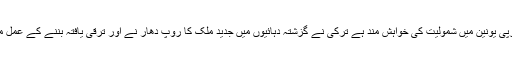
حالانکہ ترک عوام کی اکثریت یورپی یونین میں شمولیت کی خواہش مند ہے ترکی نے گزشتہ دہائیوں میں جدید ملک کا روپ دھار نے اور ترقی یافتہ بننے کے عمل میں نمایاں کامیابیاں حاصل کی ہیں۔